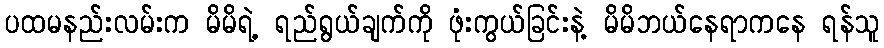
ပထမနည်းလမ်းက မိမိရဲ့ ရည်ရွယ်ချက်ကို ဖုံးကွယ်ခြင်းနဲ့ မိမိဘယ်နေရာကနေ ရန်သူ